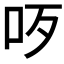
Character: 𠯪